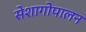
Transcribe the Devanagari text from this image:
सेशागोपालन